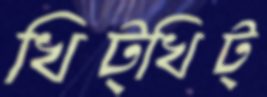
খিট্‌খিট্‌